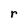
Character: r